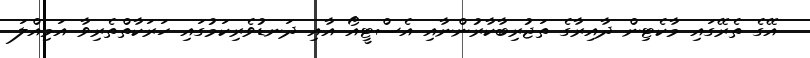
އޭގެ ތެރޭގައި މާކެޓިން ދާއިރާގެ ތަޖުރިބާކާރުންނާއި އެސްޓީއޯ އާއި ދަނޑުވެރިކަމުގައި ހަރަކާތްތެރިވާ އަމިއްލަ